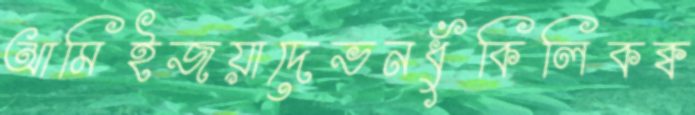
আমিইজয়াদেভনধুঁকিলিকক্ব